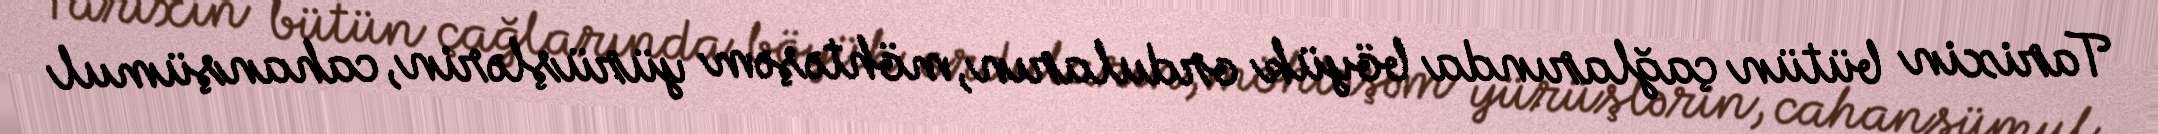
Tarixin bütün çağlarında böyük orduların, möhtəşəm yürüşlərin, cahanşümul